Madras plague regulations and rules - Volume 2
Disease focus: Plague
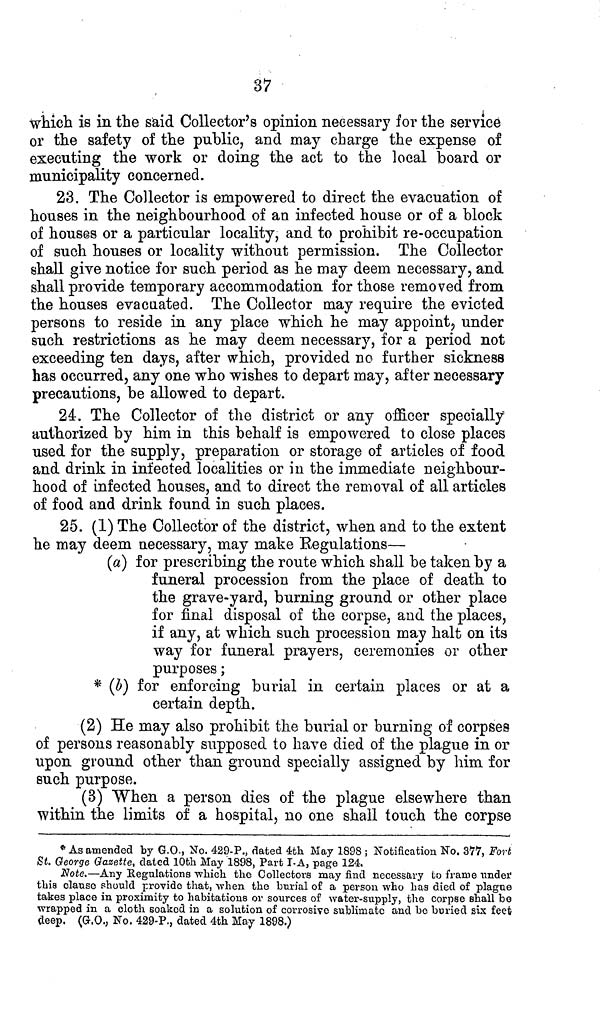
37
which is in the said Collector's opinion necessary for the service
or the safety of the public, and may charge the expense of
executing the work or doing the act to the local board or
municipality concerned.
23. The Collector is empowered to direct the evacuation of
houses in the neighbourhood of an infected house or of a block
of houses or a particular locality, and to prohibit re-occupation
of such houses or locality without permission. The Collector
shall give notice for such period as he may deem necessary, and
shall provide temporary accommodation for those removed from
the houses evacuated. The Collector may require the evicted
persons to reside in any place which he may appoint, under
such restrictions as he may deem necessary, for a period not
exceeding ten days, after which, provided no further sickness
has occurred, any one who wishes to depart may, after necessary
precautions, be allowed to depart.
24. The Collector of the district or any officer specially
authorized by him in this behalf is empowered to close places
used for the supply, preparation or storage of articles of food
and drink in infected localities or in the immediate neighbour-
hood of infected houses, and to direct the removal of all articles
of food and drink found in such places.
25. (1) The Collector of the district, when and to the extent
he may deem necessary, may make Regulations—
(a) for prescribing the route which shall be taken by a
funeral procession from the place of death to
the grave-yard, burning ground or other place
for final disposal of the corpse, and the places,
if any, at which such procession may halt on its
way for funeral prayers, ceremonies or other
purposes;
* (b) for enforcing burial in certain places or at a
certain depth.
(2) He may also prohibit the burial or burning of corpses
of persons reasonably supposed to have died of the plague in or
upon ground other than ground specially assigned by him for
such purpose.
(3) When a person dies of the plague elsewhere than
within the limits of a hospital, no one shall touch the corpse
* As amended by G.O , No. 429-P., dated 4th May 1898 ; Notification No. 377, Fort
St. George Gazette, dated 10th May 1898, Part I-A, page 124.
Note.—Any Regulations which the Collectors may find necessary to frame under
this clause should provide that, when the burial of a person who has died of plague
takes place in proximity to habitations or sources of water-supply, the corpse shall be
wrapped in a cloth soaked in a solution of corrosive sublimate and be buried six feet
deep. (G.O., No. 429-P., dated 4th May 1898.)